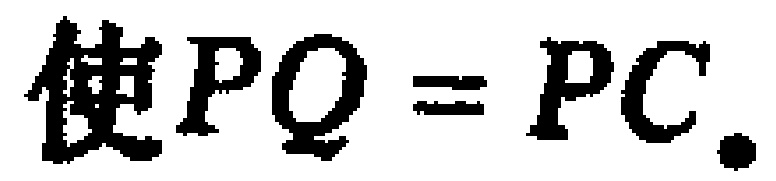
使$PQ = PC.$